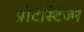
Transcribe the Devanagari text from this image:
प्रोटेस्टिज्म